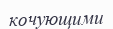
кочующими